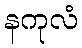
နကုလံ